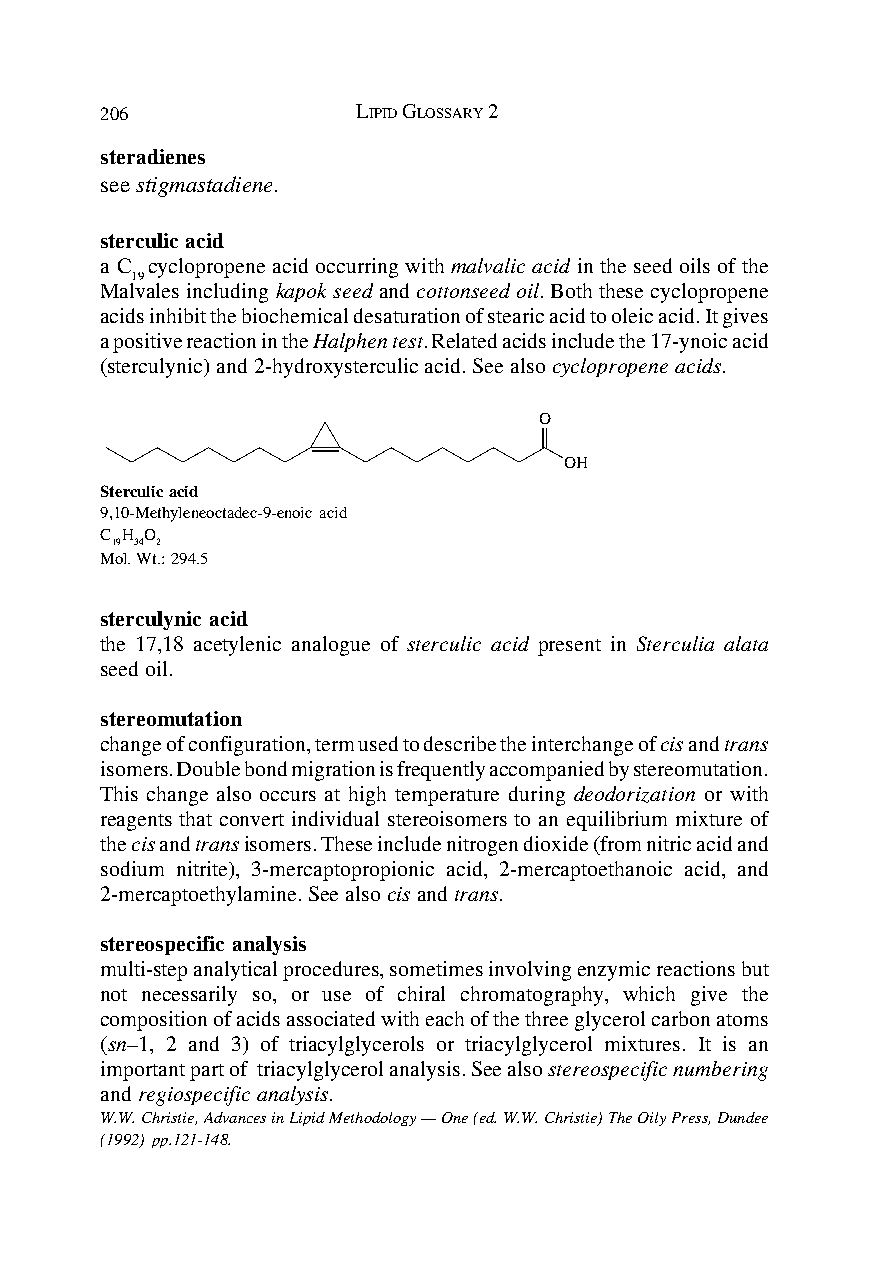
206              LIPID GLOSSARY 2
 steradienes
 see stigmastadiene.
 sterculic acid
 a C cyclopropene acid occurring with malvalic acid in the seed oils of the
 19
 Malvales including kapok seed and cottonseed oil. Both these cyclopropene
 acids inhibit the biochemical desaturation of stearic acid to oleic acid. It gives
 a positive reaction in the Halphen test. Related acids include the 17-ynoic acid
 (sterculynic) and 2-hydroxysterculic acid. See also cyclopropene acids.
 O
 OH
 Sterculic acid
 9,10-Methyleneoctadec-9-enoic acid
 C H O
 19 34 2
 Mol. Wt.: 294.5
 sterculynic acid
 the 17,18 acetylenic analogue of sterculic acid present in Sterculia alata
 seed oil.
 stereomutation
 change of configuration, term used to describe the interchange of cis and trans
 isomers. Double bond migration is frequently accompanied by stereomutation.
 This change also occurs at high temperature during deodorization or with
 reagents that convert individual stereoisomers to an equilibrium mixture of
 the cis and trans isomers. These include nitrogen dioxide (from nitric acid and
 sodium nitrite), 3-mercaptopropionic acid, 2-mercaptoethanoic acid, and
 2-mercaptoethylamine. See also cis and trans.
 stereospecific analysis
 multi-step analytical procedures, sometimes involving enzymic reactions but
 not necessarily so, or use of chiral chromatography, which give the
 composition of acids associated with each of the three glycerol carbon atoms
 (sn–1, 2 and 3) of triacylglycerols or triacylglycerol mixtures. It is an
 important part of triacylglycerol analysis. See also stereospecific numbering
 and regiospecific analysis.
 W.W. Christie, Advances in Lipid Methodology — One (ed. W.W. Christie) The Oily Press, Dundee
 (1992) pp.121-148.